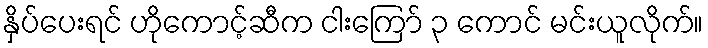
နှိပ်ပေးရင် ဟိုကောင့်ဆီက ငါးကြော် ၃ ကောင် မင်းယူလိုက်။